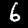
Digit: 6